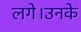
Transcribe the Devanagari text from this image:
लगे।उनके